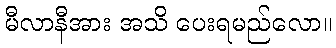
မီလာနီအား အသိ ပေးရမည်လော။